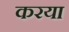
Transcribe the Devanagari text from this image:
करया